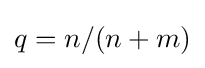
q=n/(n+m)